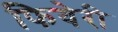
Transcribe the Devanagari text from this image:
फियेरी